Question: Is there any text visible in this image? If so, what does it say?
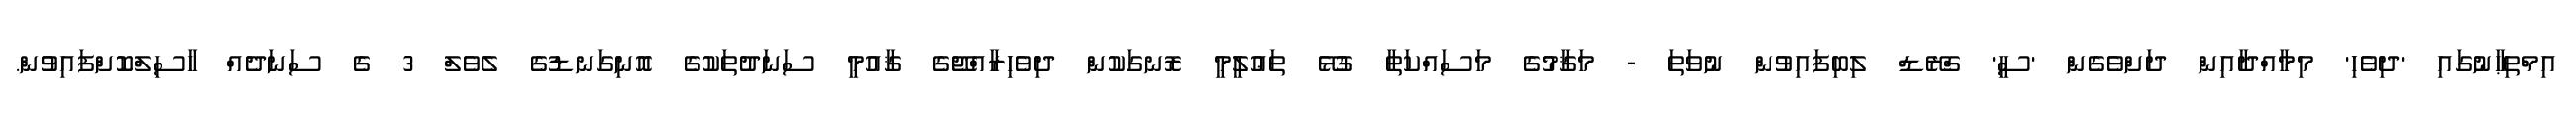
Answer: އިމްތިޙާނުގައި 'ދިވެހި' މިމާއްދާއިން ދަށްވެގެން 'ސީ' ގްރޭޑް ލިބިފައިވުން ނުވަތަ - މަޤާމުގެ މަސައްކަތާ ގުޅޭ ތަޢުލީމީ ރޮނގަކުން ދިވެހިރާއްޖޭގެ ޤާއުމީ ސަނަދުތަކުގެ އޮނިގަނޑުގެ ލެވެލް 3 ގެ ސަނަދެއް ހާސިލްކޮށްފައިވުން.